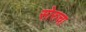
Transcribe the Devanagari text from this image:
सोरुचा